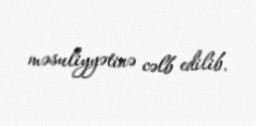
məsuliyyətinə cəlb edilib.